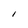
Character: I